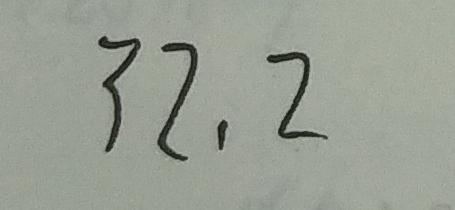
3 2 . 2